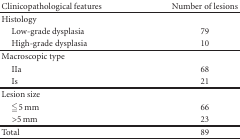
<table><thead><tr><td><b> Clinicopathological features</b></td><td><b> Number of lesions</b></td></tr></thead><tbody><tr><td>Histology</td><td></td></tr><tr><td> Low-grade dysplasia</td><td>79</td></tr><tr><td> High-grade dysplasia</td><td>10 </td></tr><tr><td> Macroscopic type</td><td></td></tr><tr><td> IIa</td><td>68</td></tr><tr><td> Is</td><td>21 </td></tr><tr><td>Lesion size</td><td></td></tr><tr><td> ≦5 mm</td><td>66</td></tr><tr><td> &gt;5 mm</td><td>23 </td></tr><tr><td> Total</td><td>89</td></tr></tbody></table>